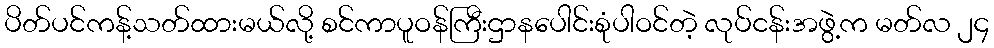
ပိတ်ပင်ကန့်သတ်ထားမယ်လို့ စင်ကာပူဝန်ကြီးဌာနပေါင်းစုံပါဝင်တဲ့ လုပ်ငန်းအဖွဲ့က မတ်လ ၂၄